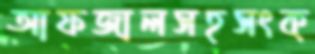
আফজালসহসংক্